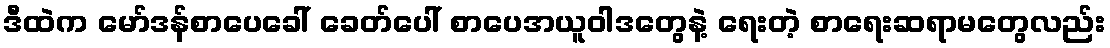
ဒီထဲက မော်ဒန်စာပေခေါ် ခေတ်ပေါ် စာပေအယူဝါဒတွေနဲ့ ရေးတဲ့ စာရေးဆရာမတွေလည်း